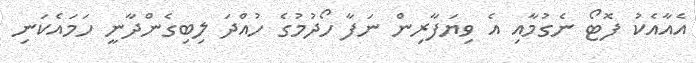
އެއާއެކު ފޮޓޯ ނެގުމާއި އެ ވިޔަފާރިން ނަފާ ހޯދުމުގެ ހުއްދަ ލިބިގެންދާނީ ހަމައެކަނި